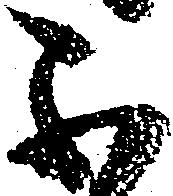
不